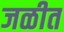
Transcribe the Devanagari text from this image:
जळीत